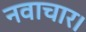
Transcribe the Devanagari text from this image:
नवाचार।